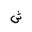
Letter: _shin